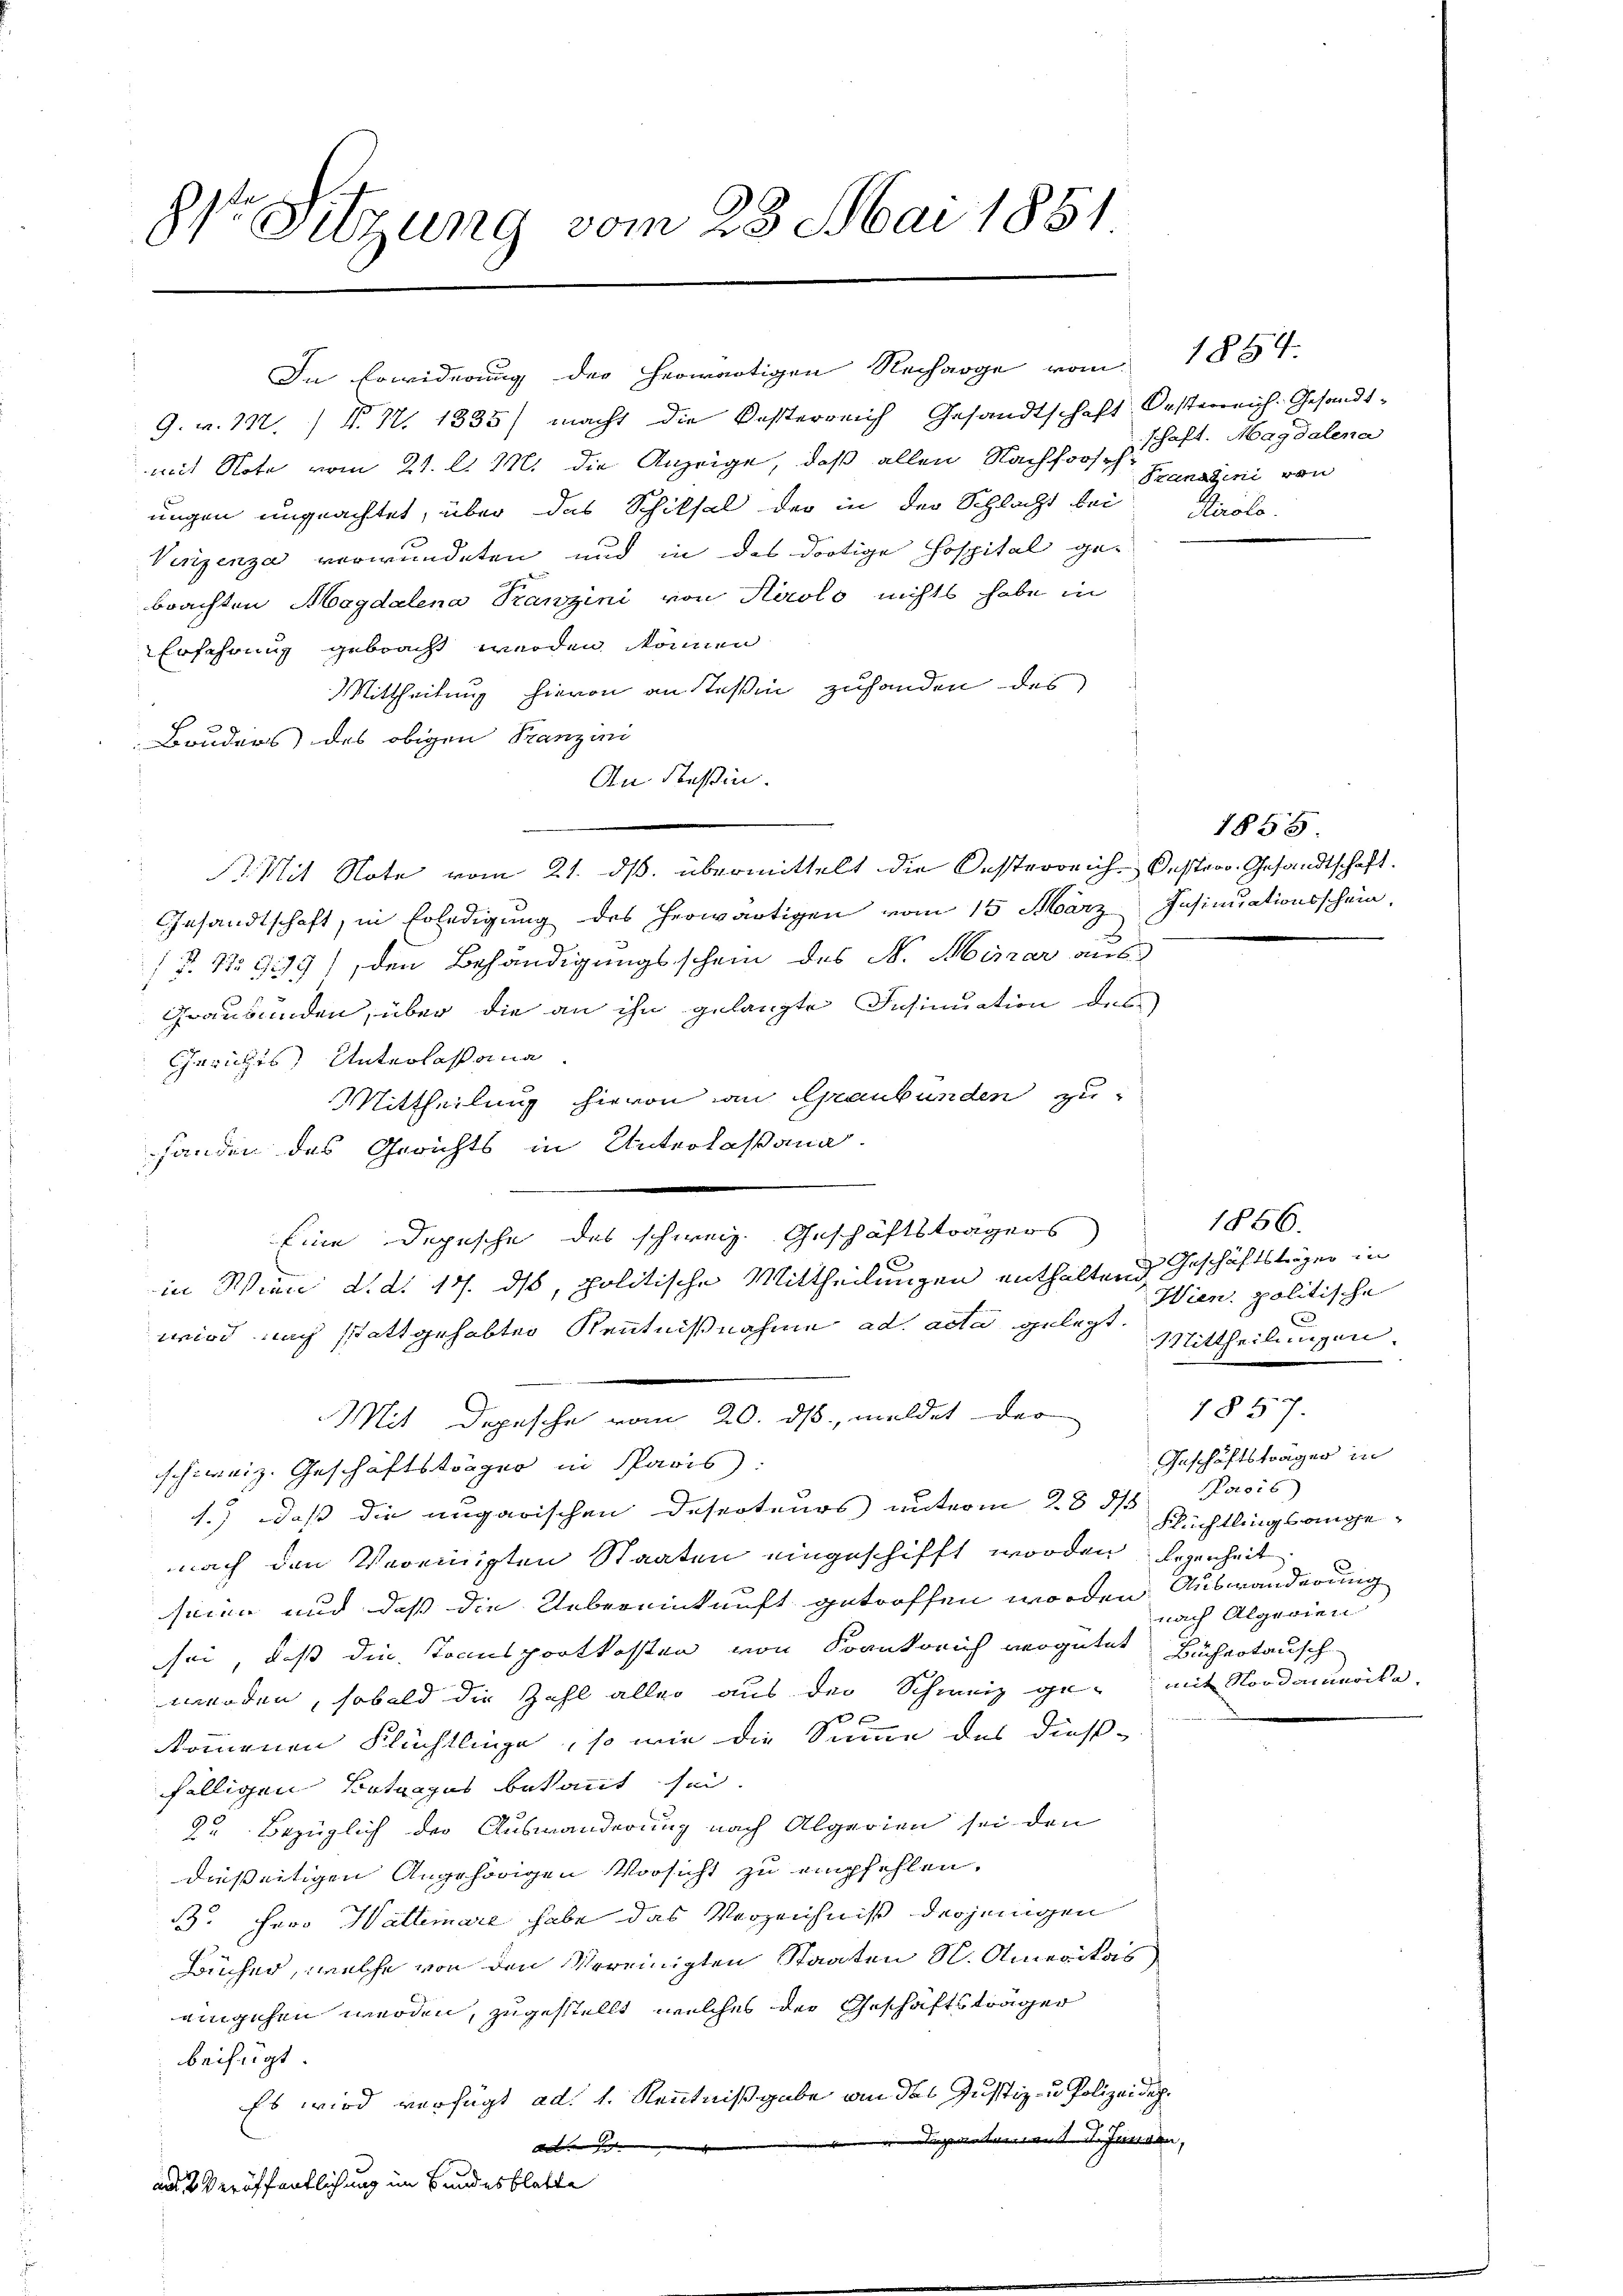
81te Sitzung vom 28. Mai 1851

G. v. 112. / N. N. 1335) macht die Besterreich Gesandtschaft Oesterreich-Gesandtmit Note vom 21. l. M. die Anzeige, daß allen Nachforschaft. Magdalena
ungen ungeachtet, über das Schiksal der in der Schlacht bei Stirolo.
Verigenza verwundeten und in des dortige Hospital ge-
brachten Magdalena Tranzini von Airolo nichts habe in
Erfahrung gebracht werden können.
Mittheilung hievon an Teßin zuhanden des
Bruders des obigen Franzoni
An Teßin.
. Mit Note vom 21. ds. übermittelt die Oesterreich-Oesterr. Gesandtschaft.
Gesandtschaft, in Erledigung des herwärtigen vom 15. März Insinuationsschein,
1 No 1279), den Behändigungsschein des N. Marar aus
Graubünden, über die an ihn gelangte Insinuation des
Gerichts Unterlassung
Mittheilung hievon an Graubünden zu
shanden des Gerichts in Unterlaßana.
Eine Depesche des schweiz. Geschäftsträgers
e
in Wien d.d. 17. ds, politische Mittheilungen enthaltend
wird nach stattgehabter Kenntnißnahme ad acta gelegt.
Mit Depesche vom 20. ds, meldet der
schweiz. Geschäftsträger in Paris:
1.) daß die ungarischen Desecteurs unterm 28 5/8
nach den Vereinigten Staaten eingeschifft worden legenheit
seien und dass die Uebereinkunft getroffen worden Auswanderung
sei, daß die Transportkosten von Krankreich vergütet Büchertausch
werden, sobald die Zahl aller aus der Schweiz ge- mit Nordammercke.
kkommenen Flüchtlinge, so wie die Summe des dieß-
fälligen Betrages bekannt sei.
2. Bezüglich der Auswanderung nach Algerien sei den
dießseitigen Angehörigen Vorsicht zu empfehlen.
B. Herr Hallemare habe das Verzeichniß derjenigen
Bücher, welche von den Vereinigten Staaten S. Amerikas
eingehen werden, zugestellt, welches der Geschäftsträger
beifügt
Es wird verfügt ad 1. Kenntnißgabe an des Justiz- u Polizeidegigentum mit d. Heiden, |
abe ich
an 2 Veröffentlichung im Bundesblatte

In Erwiderung der herwärtigen Recharge vom 1864.

Pranatini von

1855

1856.
Geschäftsträger in
Wien politische
.
Mittheilungen.
Geschäftsträger in
Poroi6)
Flüchtlingsangenach Algerien

1857.